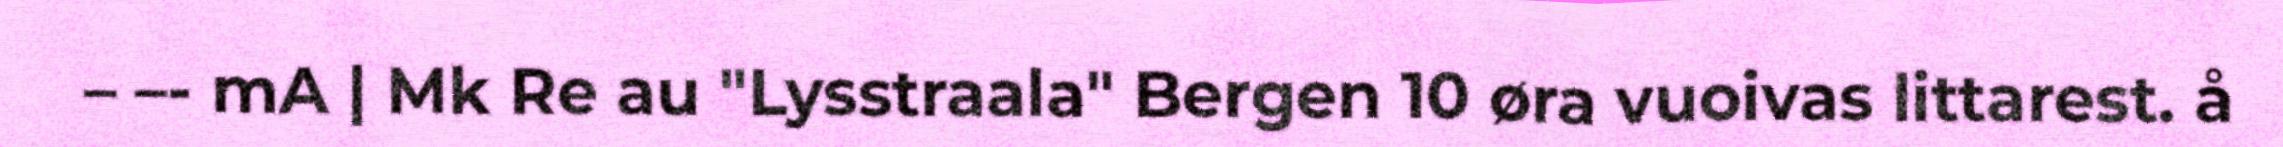
– –- mA | Mk Re au "Lysstraala" Bergen 10 øra vuoivas littarest. å